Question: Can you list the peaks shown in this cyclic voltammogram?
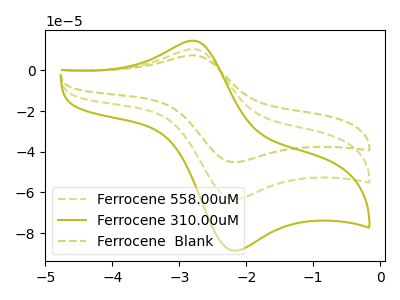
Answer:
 <answer>The olive dashed curve "Ferrocene 558.00uM" has an anodic peak at (-2.80V, 10.45uA) and a cathodic peak at (-2.20V, -63.25uA). The olive curve "Ferrocene 310.00uM" has an anodic peak at (-2.80V, 14.65uA) and a cathodic peak at (-2.20V, -88.65uA). The olive dashed curve "Ferrocene  Blank" has an anodic peak at (-2.80V, 20.90uA) and a cathodic peak at (-2.20V, -126.50uA).</answer>
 <eval></eval>